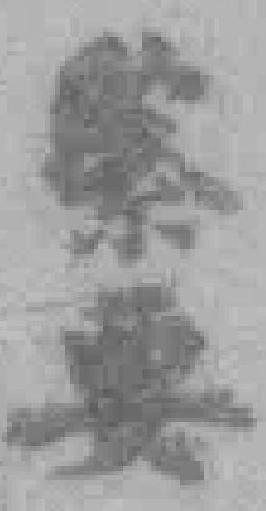
緊要